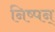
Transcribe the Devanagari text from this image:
निष्पन्